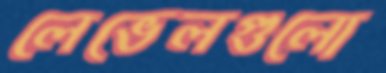
লেভেলগুলো